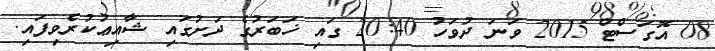
08 އޮގަސްޓް 2015 ވަނަ ދުވަހު 20:40 ގައި ޚަބަރުގެ ދަށުގައި ޝާއިޢުކުރެވިފައި.